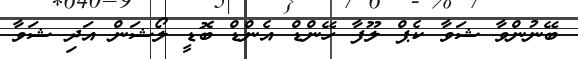
ބޭނުންވާ ޝަވާ ކެޕް ލޫފާ ހޭންޑް އެންޑް ބޮޑީ ލޯޝަން އަދި ޝަވާ